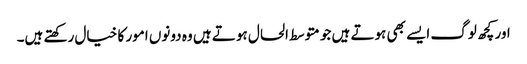
اور کچھ لوگ ایسے بھی ہوتے ہیں جو متوسط الحال ہوتے ہیں وہ دونوں امور کا خیال رکھتے ہیں۔